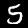
Digit: 5